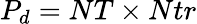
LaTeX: P_{d}=NT\times Ntr